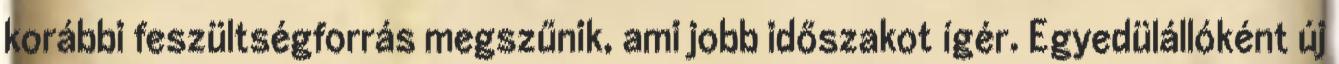
korábbi feszültségforrás megszűnik, ami jobb időszakot ígér. Egyedülállóként új